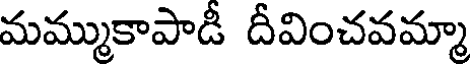
మమ్ముకాపాడీ దీవించవమ్మా